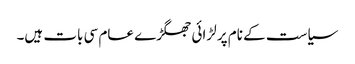
‏ سیاست کے نام پر لڑائی جھگڑے عام سی بات ہیں۔